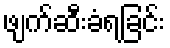
ဖျက်ဆီးခံရခြင်း